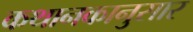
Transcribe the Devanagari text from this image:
कथानकानुसार